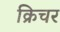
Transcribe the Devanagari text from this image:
क्रिचर